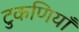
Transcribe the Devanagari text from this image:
टुकणियाँ